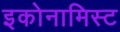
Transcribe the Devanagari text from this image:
इकोनामिस्ट